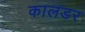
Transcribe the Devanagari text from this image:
कालडर